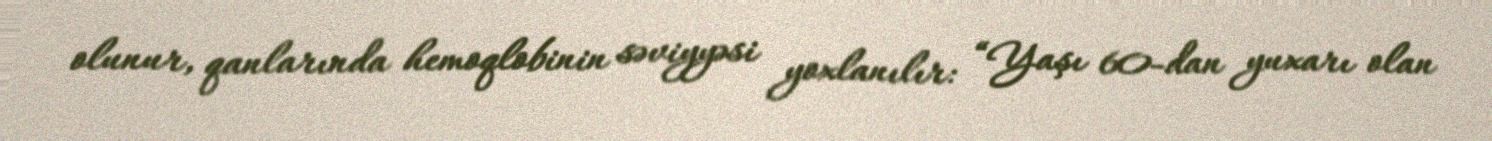
olunur, qanlarında hemoqlobinin səviyyəsi yoxlanılır: “Yaşı 60-dan yuxarı olan